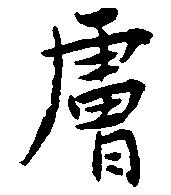
膚